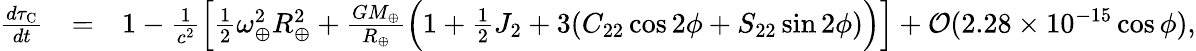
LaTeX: \begin{array}{rlr}{\frac{d\tau_{\mathrm{C}}}{dt}}&{=}&{1-\frac{1}{c^{2}}\Big[{\textstyle\frac{1}{2}}\omega_{\oplus}^{2}R_{\oplus}^{2}+\frac{GM_{\oplus}}{R_{\oplus}}\Big(1+{\textstyle\frac{1}{2}}J_{2}+3(C_{22}\cos 2\phi+S_{22}\sin 2\phi)\Big)\Big]+{\cal O}(2.28\times 10^{-15}\cos\phi),}\end{array}